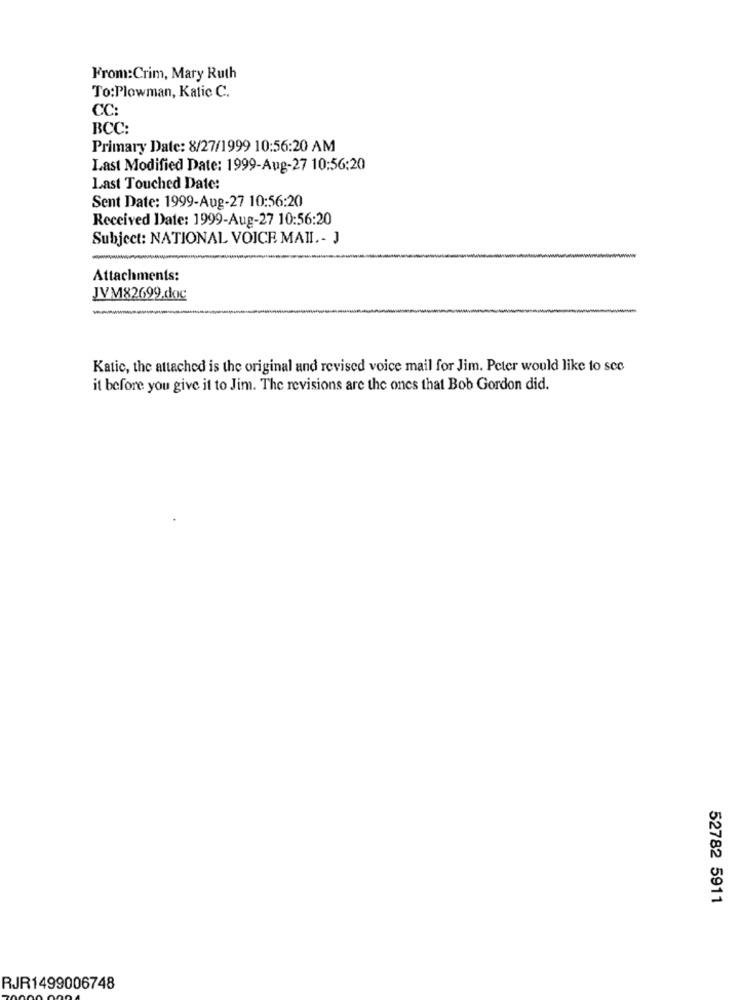
From:Crim, Mary Ruth
To:Plowman, Katic C.
CC:
BCC:
Primary Date: 8/27/1999 10:56:20 AM
Last Modified Date: 1999-Aug-27 10:56:20
Last Touched Date:
Sent Date: 1999-Aug-27 10:56:20
Received Date: 1999-Aug-27 10:56:20
Subject: NATIONAL VOICE MAIL .- J
Attachments:
JVM82699.doc
Katic, the attached is the original and revised voice mail for Jim. Peter would like to sco
it before you give it to Jim. The revisions are the ones that Bob Gordon did.
52782 5911
RJR1499006748